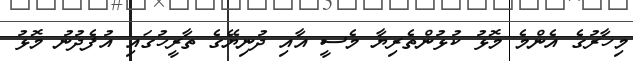
މިހާރުގެ އެންމެ މޮޅު ކުޅުންތެރިޔާ މެސީ އާއި ދުނިޔޭގެ ތާރީހުގައި އުފެދުނު މޮޅު